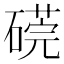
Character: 𥕜